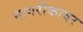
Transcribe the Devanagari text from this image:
नागरीकावर